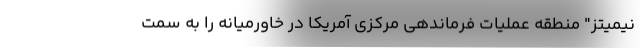
نیمیتز" منطقه عملیات فرماندهی مرکزی آمریکا در خاورمیانه را به سمت